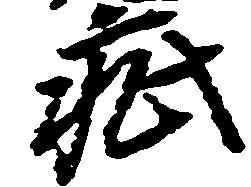
疵